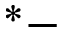
^ * -